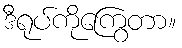
ဒီရုပ်ကိုကြွေတာ။